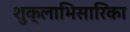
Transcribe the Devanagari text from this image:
शुक्लाभिसारिका